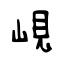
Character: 峴